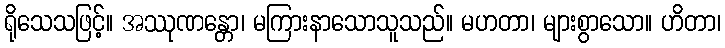
ရိုသေသဖြင့်။ အဿုဏန္တော၊ မကြားနာသောသူသည်။ မဟတာ၊ များစွာသော။ ဟိတာ၊